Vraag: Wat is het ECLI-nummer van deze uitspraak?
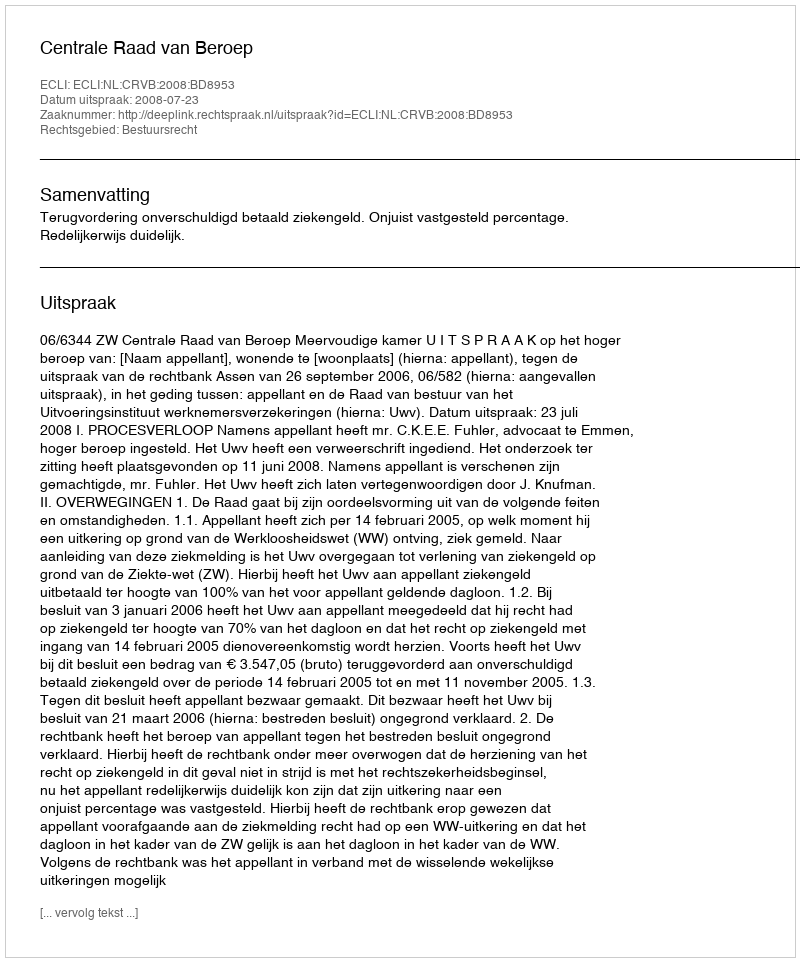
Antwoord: ECLI:NL:CRVB:2008:BD8953